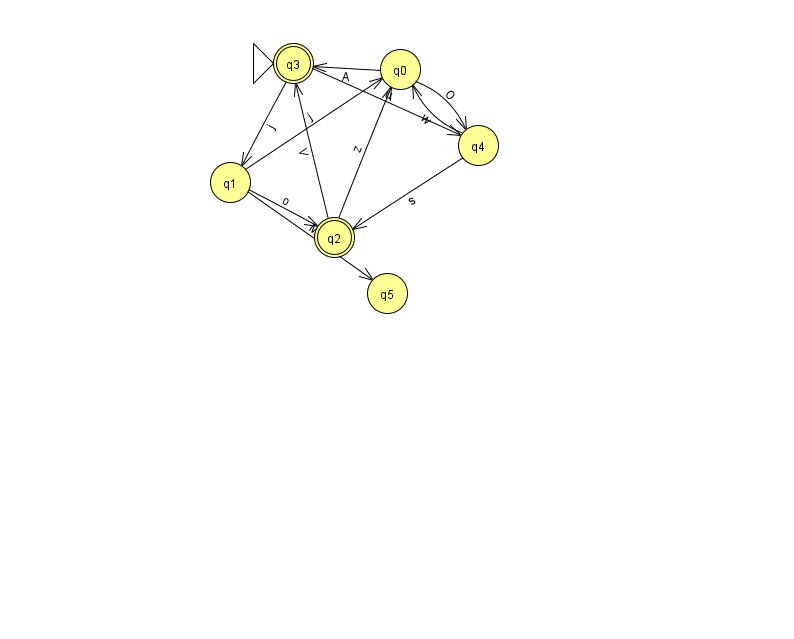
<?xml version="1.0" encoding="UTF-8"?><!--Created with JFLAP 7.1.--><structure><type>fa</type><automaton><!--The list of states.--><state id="0" name="q0"><x>400.0</x><y>56.0</y></state><state id="1" name="q1"><x>230.0</x><y>169.0</y></state><state id="2" name="q2"><x>334.0</x><y>224.0</y><final/></state><state id="3" name="q3"><x>293.0</x><y>50.0</y><initial/><final/></state><state id="4" name="q4"><x>478.0</x><y>132.0</y></state><state id="5" name="q5"><x>387.0</x><y>280.0</y></state><!--The list of transitions.--><transition><from>0</from><to>3</to><read>A</read></transition><transition><from>2</from><to>3</to><read>V</read></transition><transition><from>1</from><to>5</to><read>M</read></transition><transition><from>0</from><to>4</to><read>O</read></transition><transition><from>1</from><to>2</to><read>o</read></transition><transition><from>3</from><to>1</to><read>j</read></transition><transition><from>1</from><to>0</to><read>j</read></transition><transition><from>4</from><to>2</to><read>s</read></transition><transition><from>2</from><to>0</to><read>z</read></transition><transition><from>3</from><to>4</to><read>u</read></transition><transition><from>4</from><to>0</to><read>w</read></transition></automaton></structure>